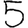
Digit: 5